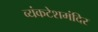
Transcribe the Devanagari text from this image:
व्यंकटेशमंदिर